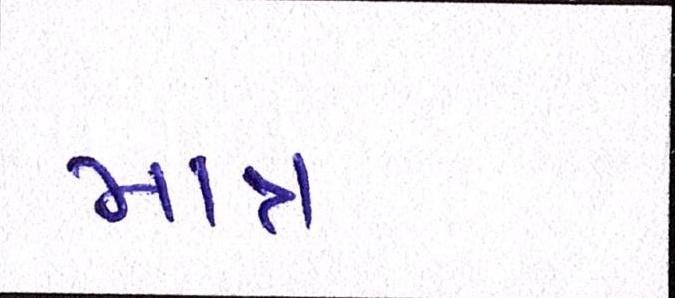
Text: માત્ર